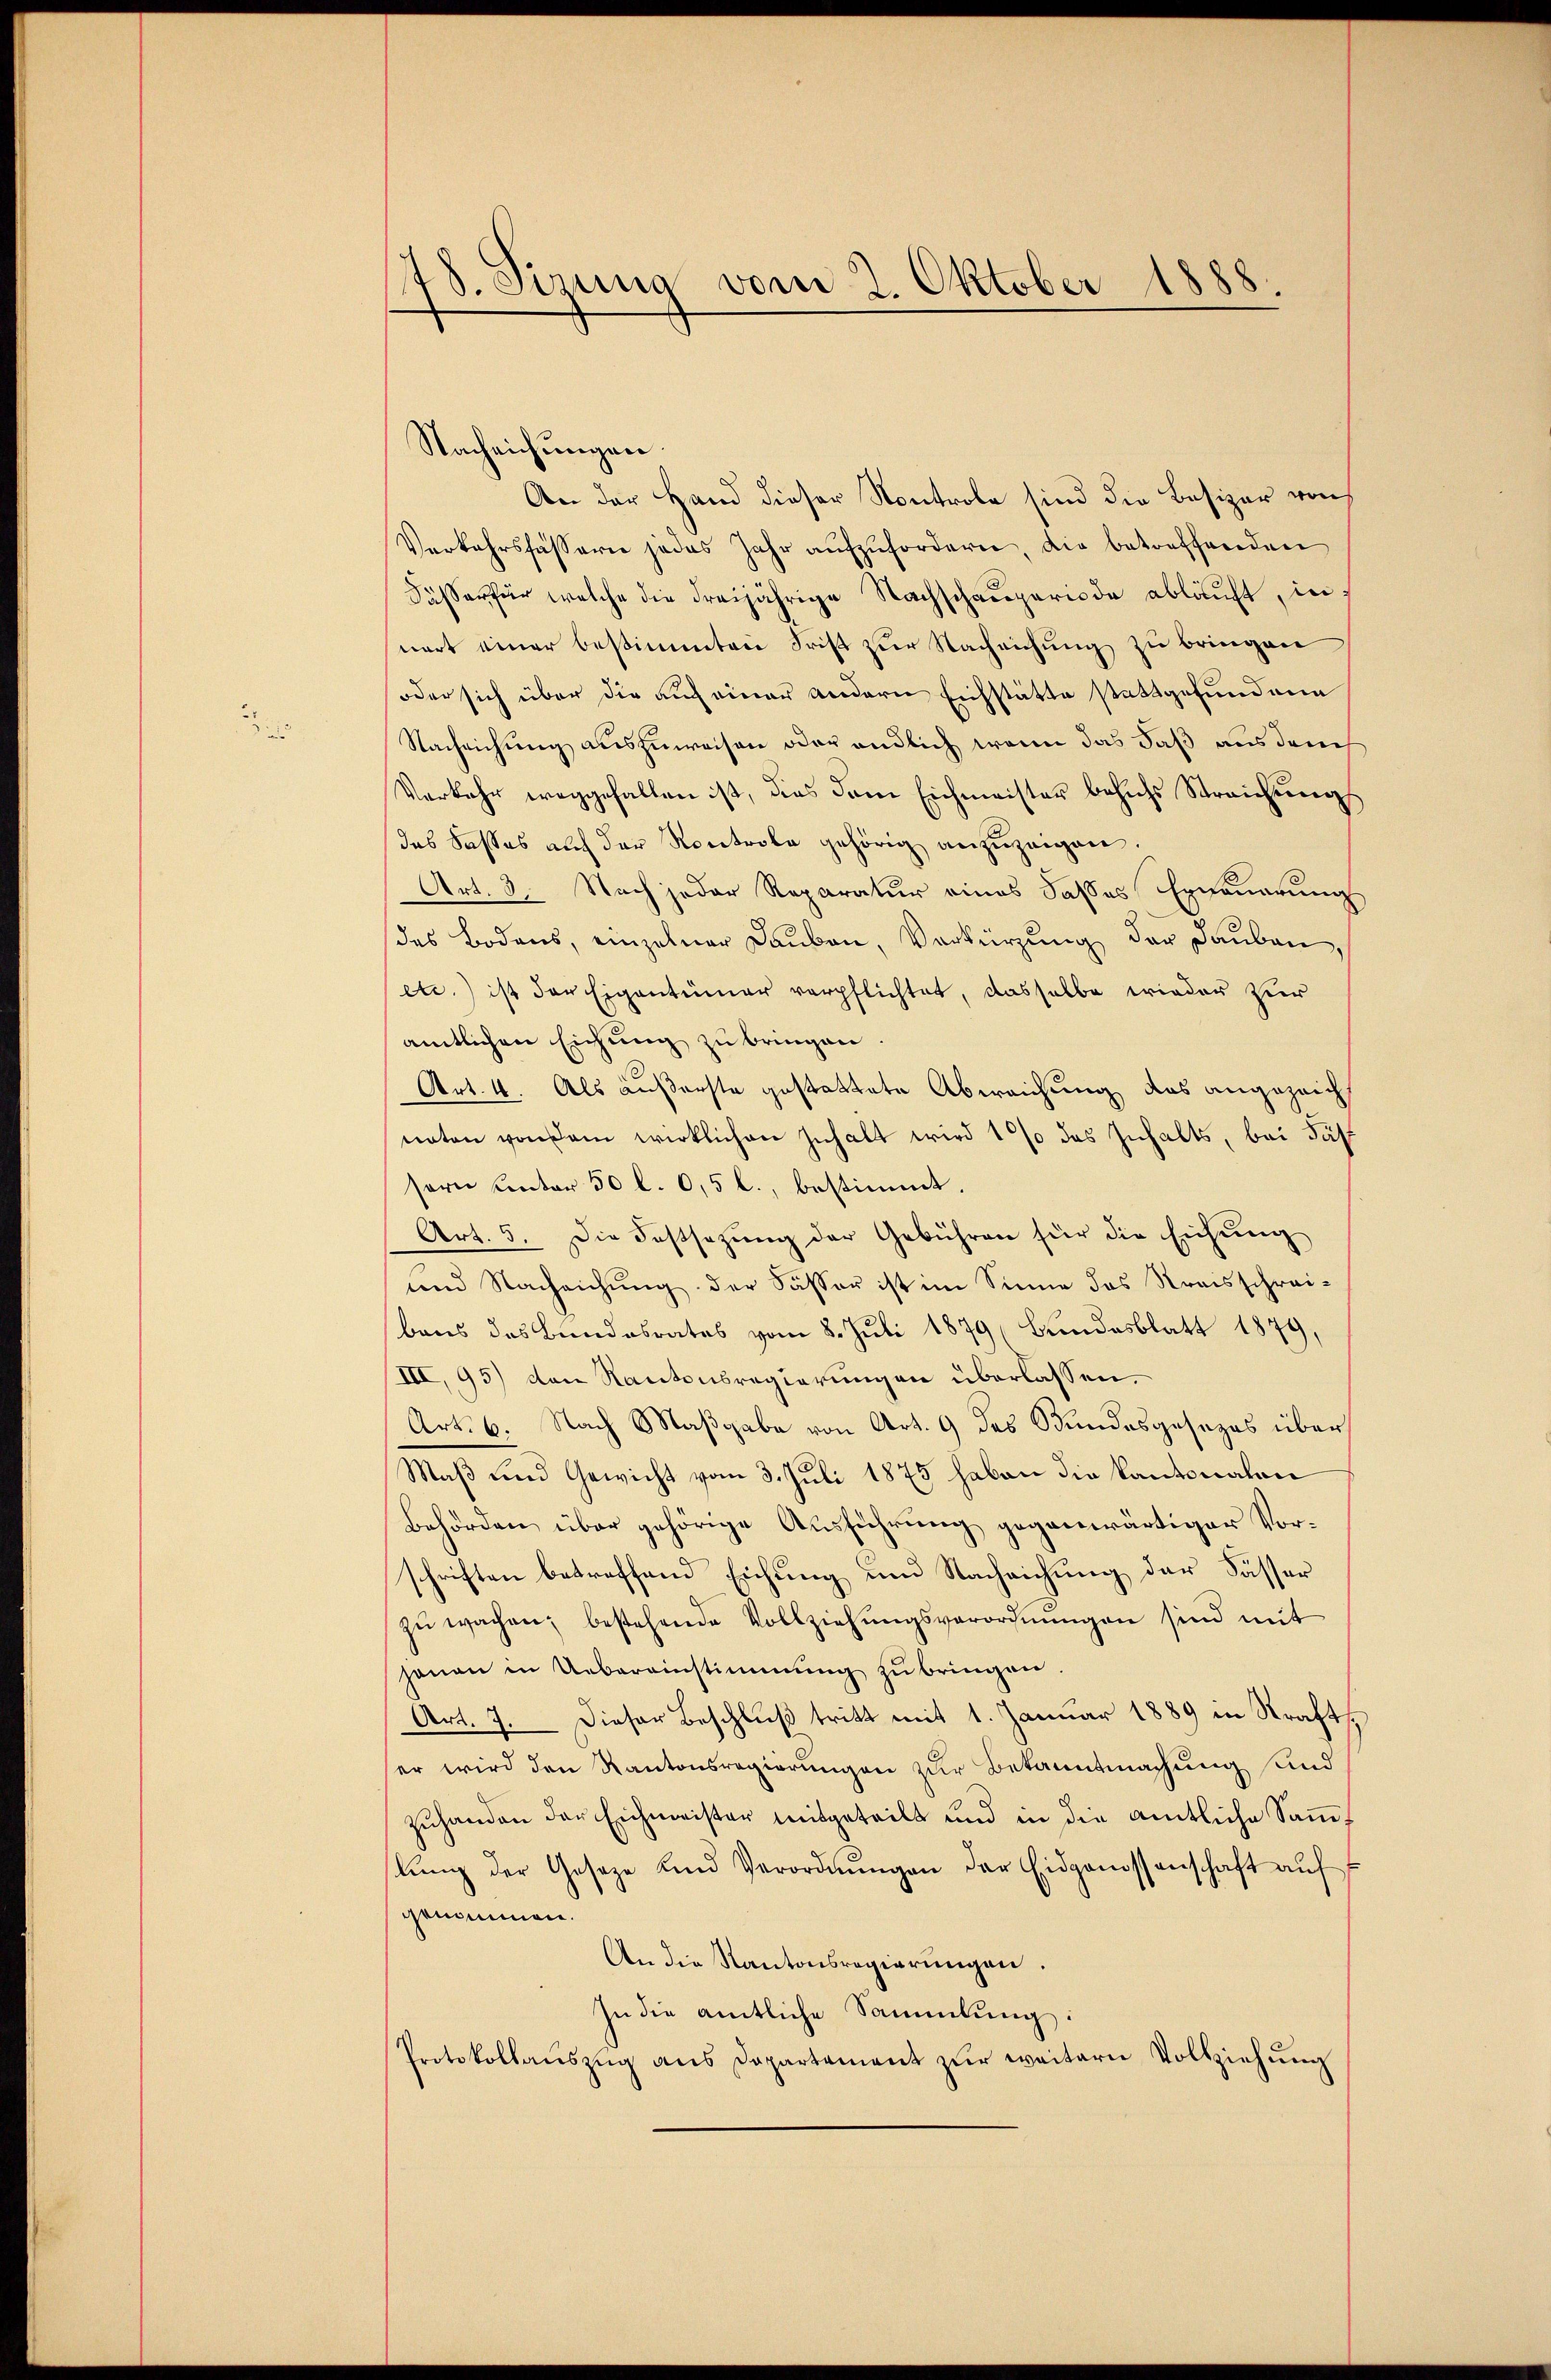
78. Sirung vom 2. Oktober 1888.

Nachrichungen.
An der Hand dieser Kontrole sind die Besizer von
Verkehrsfässarie jedes Jahr aŭfzŭfordern, die betreffenden
Fäßer für welche die dreijährige Nachschauperiode abläuft, innert einer bestimmten Frist zur Nachrichung zu bringen
oder sich über die auch einer andern Eichstätte stattgefundene
Nachrichung auszuweisen oder endlich wenn das daß aus den
Verkehr weggefallen ist, dies dem Eichmeister behufs Streichung
das Kasses auf der Kontrole gehörig anzuzeigen.
Art. 3. Nach jeder Reparatur eines Sasses Erneuerung
des Bodens, einzelner Daŭben, Verkürzung der Lauben,
etc.) ist der Eigentümer verpflichtet, dasselbe wieder zur
amtlichen Eichung zu bringen
Art. 4. Als äußerste gestattete Abweichung das angezeichnaten von dem wirklichen Inhalt wird 1% das Inhalts, bei Fäl
sern unter 50 l. 0,5 l., bestimmt.
Art. 5. Die Festsezŭng der Gebühren für die Eichnung
und Nachrichung der Fässer ist im Sinne das Kraisschreibens des Bundesrates vom 8. Juli 1879 (Bundesblatt 1879.
III, 95) den Kantonsregierungen überlassen.
Art. 6. Nach Maßgabe von Art. 9 des Stundesgesezes über
Maß und Gewicht vom 3. Juli 1875 haben die Kantonalen
Behörden über gehörige Ausführung gegenwärtiger Vorschriften betreffend Eichung und Nachrichung der Fässer
zŭ wachen; bestehende Vollziehŭngsverordnŭngen sind mit
hanen in Uebereinstimmung zŭ bringen.
Art. 7. Dieser Beschluß tritt mit 1. Januar 1889 in Straft,
er wird den Kantonsregierungen zur Bekanntmachung und
zuhanden der Eichmeister mitgeteilt und in die amtliche Sammlŭng der Geseze und Verordnŭngen der Eidgenossenschaft aŭf
genommen.
An die Kantonsregierungen.
In die amtliche Sammlung:
Protokollaŭszŭg ans Departement zŭr weitern Vollziehŭng